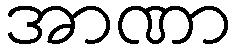
အာဏာ